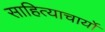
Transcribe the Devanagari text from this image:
साहित्याचार्यो